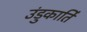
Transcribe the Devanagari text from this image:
उंडुकार्ति